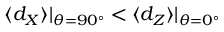
\langle d _ { X } \rangle | _ { \theta = 9 0 ^ { \circ } } < \langle d _ { Z } \rangle | _ { \theta = 0 ^ { \circ } }